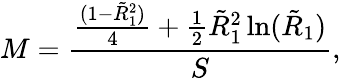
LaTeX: M=\frac{\frac{(1-\tilde{R}_{1}^{2})}{4}+\frac{1}{2}\tilde{R}_{1}^{2}\ln(\tilde{R}_{1})}{S},